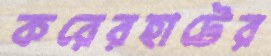
করেরহাটের